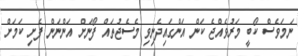
ނަމަވެސް ކޯބީ މަރުވެއްޖެ ކަން އަންގައިދެނިވި މެސެޖުތައް ފޯނަށް އަންނަން ފެށި ކަމަށް